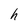
Character: h